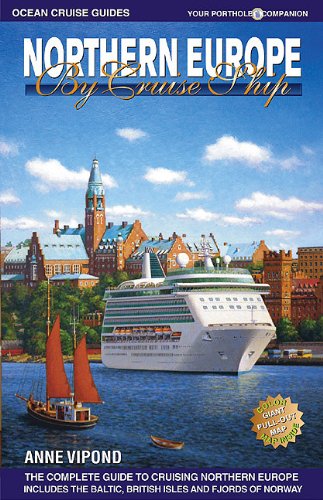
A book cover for Northern Europe by Cruise Ship: The Complete Guide to Cruising Northern Europe [With Color Pull-Out Map]; Anne Vipond; Travel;